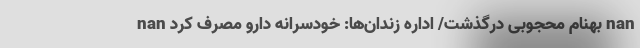
nan بهنام محجوبی درگذشت/ اداره زندان‌ها: خودسرانه دارو مصرف کرد nan